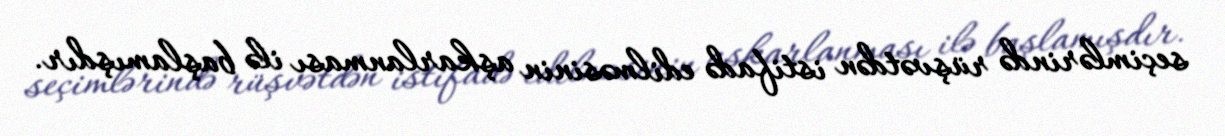
seçimlərində rüşvətdən istifadə edilməsinin aşkarlanması ilə başlamışdır.